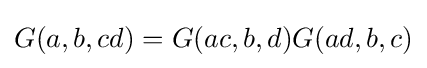
G(a,b,cd)=G(ac,b,d)G(ad,b,c)